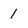
Character: 1